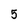
Character: 5